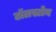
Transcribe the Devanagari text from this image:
टॉलस्टोय